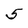
Character: 5